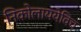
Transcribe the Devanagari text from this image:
निकोलाययेविच